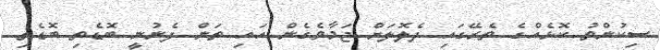
ސިކުންތު ކޮޅެއްގެ ތެރޭގައި ދެލޮލަށް ޖަމާވެގެން އައި ތަން ފެނުނީ ބޮޑެތި ބޮޑެތި